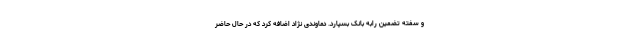
و سفته تضمین رابه بانک بسپارد. دماوندی نژاد اضافه کرد که در حال حاضر